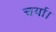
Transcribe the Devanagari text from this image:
चर्या।